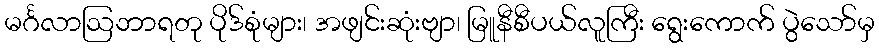
မင်္ဂလာဩဘာရတု ပိုဒ်စုံများ၊ အဖျင်းဆုံးဗျာ၊ မြူနီစီပယ်လူကြီး ရွေးကောက် ပွဲသော်မှ